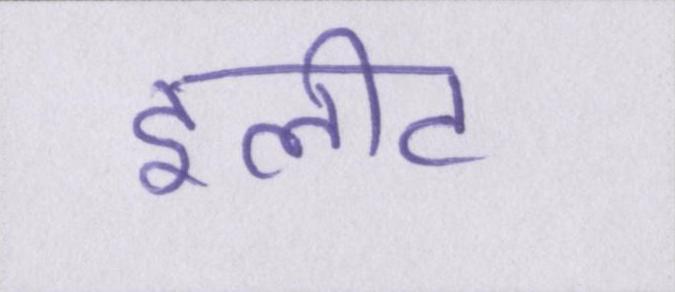
इलीट